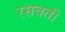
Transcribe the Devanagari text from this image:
रसवती